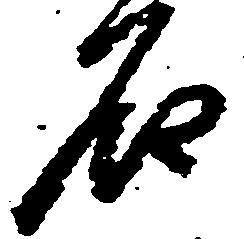
石